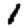
Digit: 1